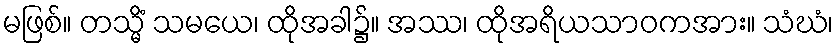
မဖြစ်။ တသ္မိံ သမယေ၊ ထိုအခါ၌။ အဿ၊ ထိုအရိယသာဝကအား။ သံဃံ၊